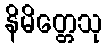
နိမိတ္တေသု